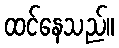
ထင်နေသည်။